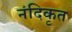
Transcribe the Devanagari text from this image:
नंदिकृत